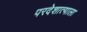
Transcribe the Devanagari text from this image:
परदेशात्याला